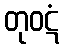
တုဝဋံ